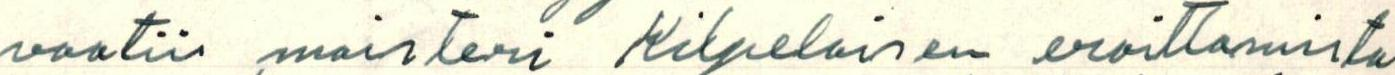
vaatii maisteri Kilpeläisen eroittamista